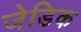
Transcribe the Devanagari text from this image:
जेडिक